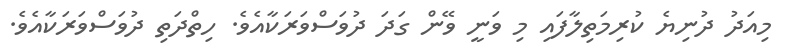
މިއަދު ދުނިޔެ ކުރިމަތިލާފައި މި ވަނީ ވޭން ގަދަ ދުވަސްވަރަކާއެވެ. ހިތްދަތި ދުވަސްވަރަކާއެވެ.